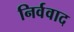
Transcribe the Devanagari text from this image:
निर्ववाद